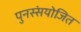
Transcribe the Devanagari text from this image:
पुनस्संयोजित